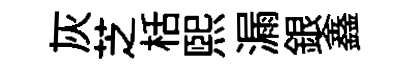
灰芝栝煕漏銀鑫